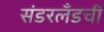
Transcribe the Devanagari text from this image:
संडरलँडची